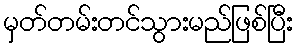
မှတ်တမ်းတင်သွားမည်ဖြစ်ပြီး